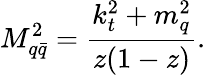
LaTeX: M_{q{\bar{q}}}^{2}=\frac{k_{t}^{2}+m_{q}^{2}}{z(1-z)}.